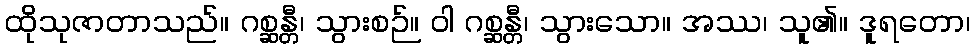
ထိုသုဇာတာသည်။ ဂစ္ဆန္တီ၊ သွားစဉ်။ ဝါ ဂစ္ဆန္တီ၊ သွားသော။ အဿ၊ သူ၏။ ဒူရတော၊